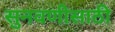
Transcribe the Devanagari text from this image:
सुनवणीसाठी